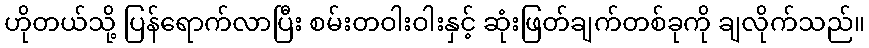
ဟိုတယ်သို့ ပြန်ရောက်လာပြီး စမ်းတဝါးဝါးနှင့် ဆုံးဖြတ်ချက်တစ်ခုကို ချလိုက်သည်။